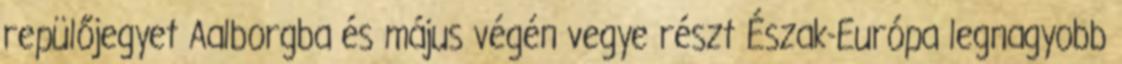
repülőjegyet Aalborgba és május végén vegye részt Észak-Európa legnagyobb